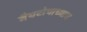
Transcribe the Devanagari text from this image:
जैयटोपाध्याय